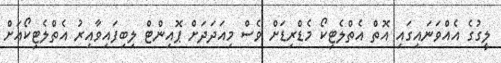
ލީގުގެ އެއްވަނައިގައި އޮތް އެތްލެޓިކޯ މެޑްރިޑަށް ވެސް މިއަދަދަށް ޕޮއިންޓް ލިބިފައިވާއިރު އެތްލެޓިކޯއަށް